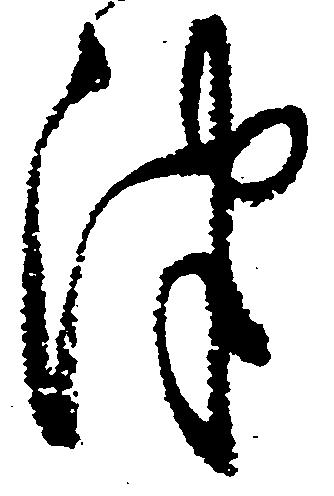
津